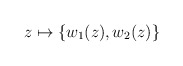
\begin{align*}z \mapsto \{w_1(z), w_2(z) \} \end{align*}